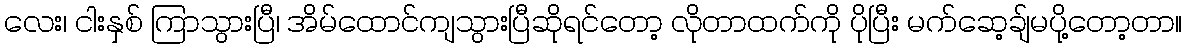
လေး၊ ငါးနှစ် ကြာသွားပြီ၊ အိမ်ထောင်ကျသွားပြီဆိုရင်တော့ လိုတာထက်ကို ပိုပြီး မက်ဆေ့ချ်မပို့တော့တာ။